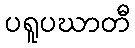
ပရူပဃာတီ